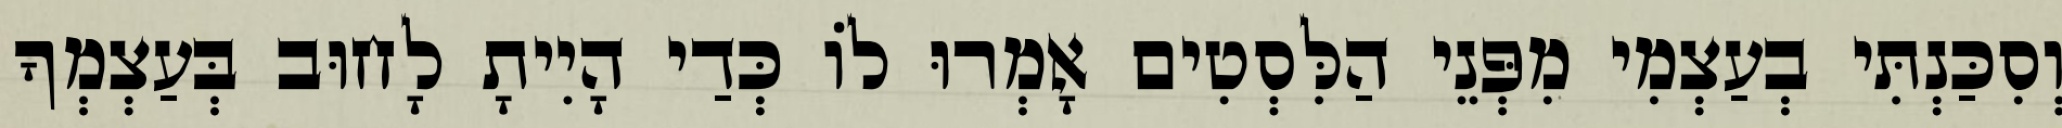
וְסִכַּנְתִּי בְעַצְמִי מִפְּנֵי הַלִּסְטִים אָמְרוּ לוֹ כְּדַי הָיִיתָ לָחוּב בְּעַצְמְךָ